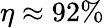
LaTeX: \eta\approx 92\%